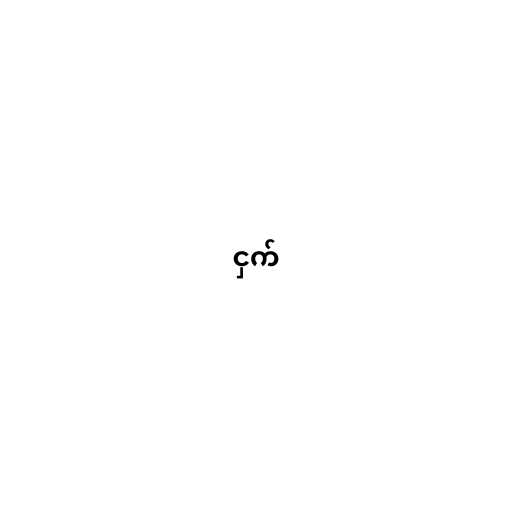
ငှက်